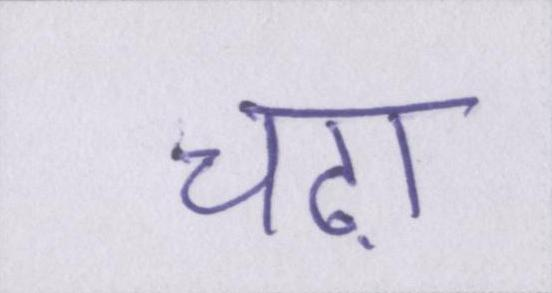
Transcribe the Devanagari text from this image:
चढ़ा